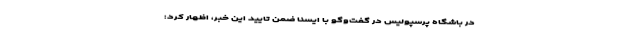
در باشگاه پرسپولیس در گفت‌وگو با ایسنا ضمن تایید این خبر، اظهار کرد: